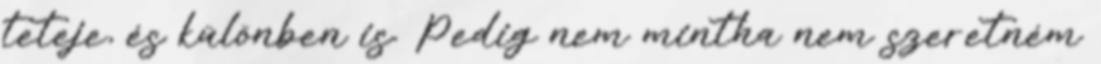
teteje, és különben is. Pedig nem mintha nem szeretném